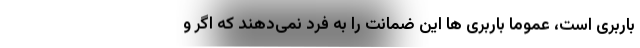
باربری است، عموما باربری ها این ضمانت را به فرد نمی‌دهند که اگر و